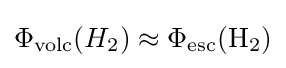
\Phi _{\text{volc}}(H_{2})\approx \Phi _{\text{esc}}(\mathrm {H_{2}} )